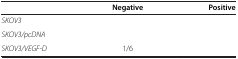
<table><thead><tr><td>[EMPTY_CELL]</td><td><b>Negative</b></td><td><b>Positive</b></td></tr></thead><tbody><tr><td><i>SKOV3</i></td><td>[EMPTY_CELL]</td><td>[EMPTY_CELL]</td></tr><tr><td><i>SKOV3/pcDNA</i></td><td>[EMPTY_CELL]</td><td>[EMPTY_CELL]</td></tr><tr><td><i>SKOV3/VEGF-D</i></td><td>1/6</td><td>[EMPTY_CELL]</td></tr></tbody></table>